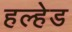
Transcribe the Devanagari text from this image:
हल्हेड